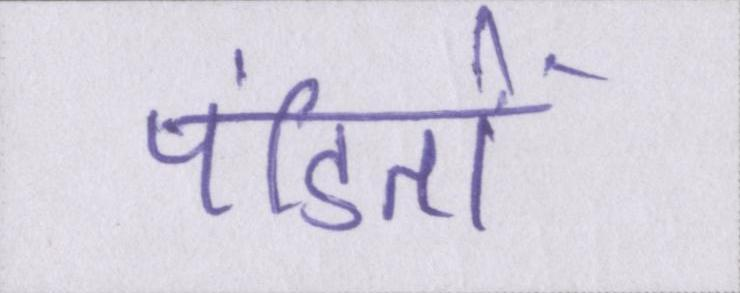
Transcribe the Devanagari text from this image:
पंडितों